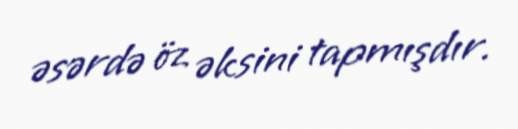
əsərdə öz əksini tapmışdır.